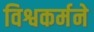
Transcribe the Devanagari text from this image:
विश्वकर्मने